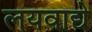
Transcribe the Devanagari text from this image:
लयवाद्ये